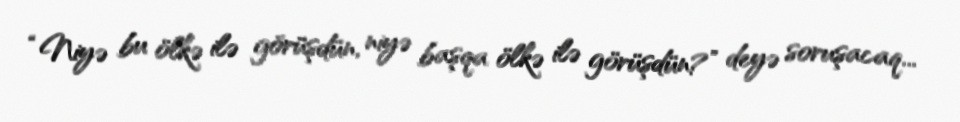
“Niyə bu ölkə ilə görüşdün, niyə başqa ölkə ilə görüşdün?” deyə soruşacaq...